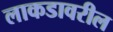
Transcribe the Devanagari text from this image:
लाकडावरील